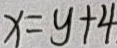
x = y + 4